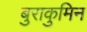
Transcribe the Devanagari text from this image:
बुराकुमिन